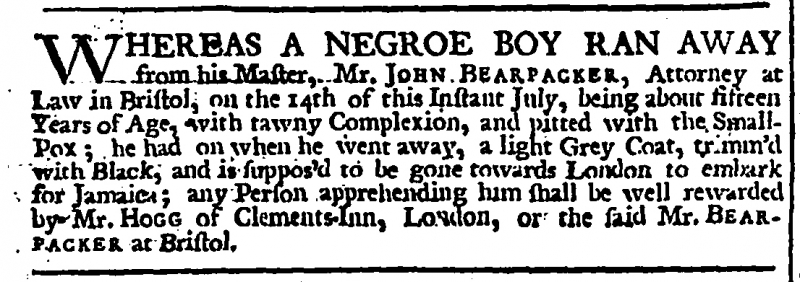
London Evening Post, 23 July 1728 (England)
WHEREAS A NEGROE BOY RAN AWAY from his Master, Mr. JOHN BEARPACKER, Attorney at Law in Bristol, on the 14th of this Instant July, being about fifteen Years of Age, with tawny Complexion, and pitted with the Small-Pox; he had on when he went away, a light Grey Coat, trimm’d with Black, and is suppos’d to be gone towards London to embark for Jamaica; any Person apprehending him shall be well rewarded by Mr. HOGG of Clements-Inn, London, or the said Mr. BEARPACKER at Bristol.